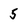
Character: 5